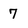
Character: 7